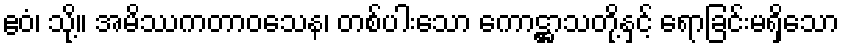
ဧဝံ၊ သို့။ အမိဿကတာဝသေန၊ တစ်ပါးသော ကောဋ္ဌာသတို့နှင့် ရောခြင်းမရှိသော